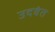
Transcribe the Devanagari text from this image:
उदवंत